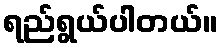
ရည်ရွယ်ပါတယ်။